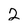
Character: 2